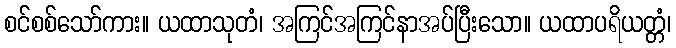
စင်စစ်သော်ကား။ ယထာသုတံ၊ အကြင်အကြင်နာအပ်ပြီးသော။ ယထာပရိယတ္တံ၊